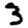
Digit: 3